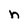
Character: n